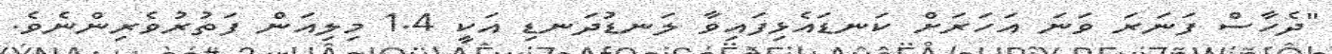
"ދެހާސް ފަނަރަ ވަނަ އަހަރަށް ކަނޑައެޅިފައިވާ ލަނޑުދަނޑި އަކީ 1.4 މިލިއަން ފަތުރުވެރިންނެވެ.